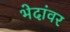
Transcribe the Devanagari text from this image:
भेदांवर